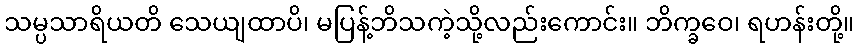
သမ္ပသာရိယတိ သေယျထာပိ၊ မပြန့်ဘိသကဲ့သို့လည်းကောင်း။ ဘိက္ခဝေ၊ ရဟန်းတို့။